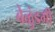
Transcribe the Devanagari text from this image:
बेळुंडगी